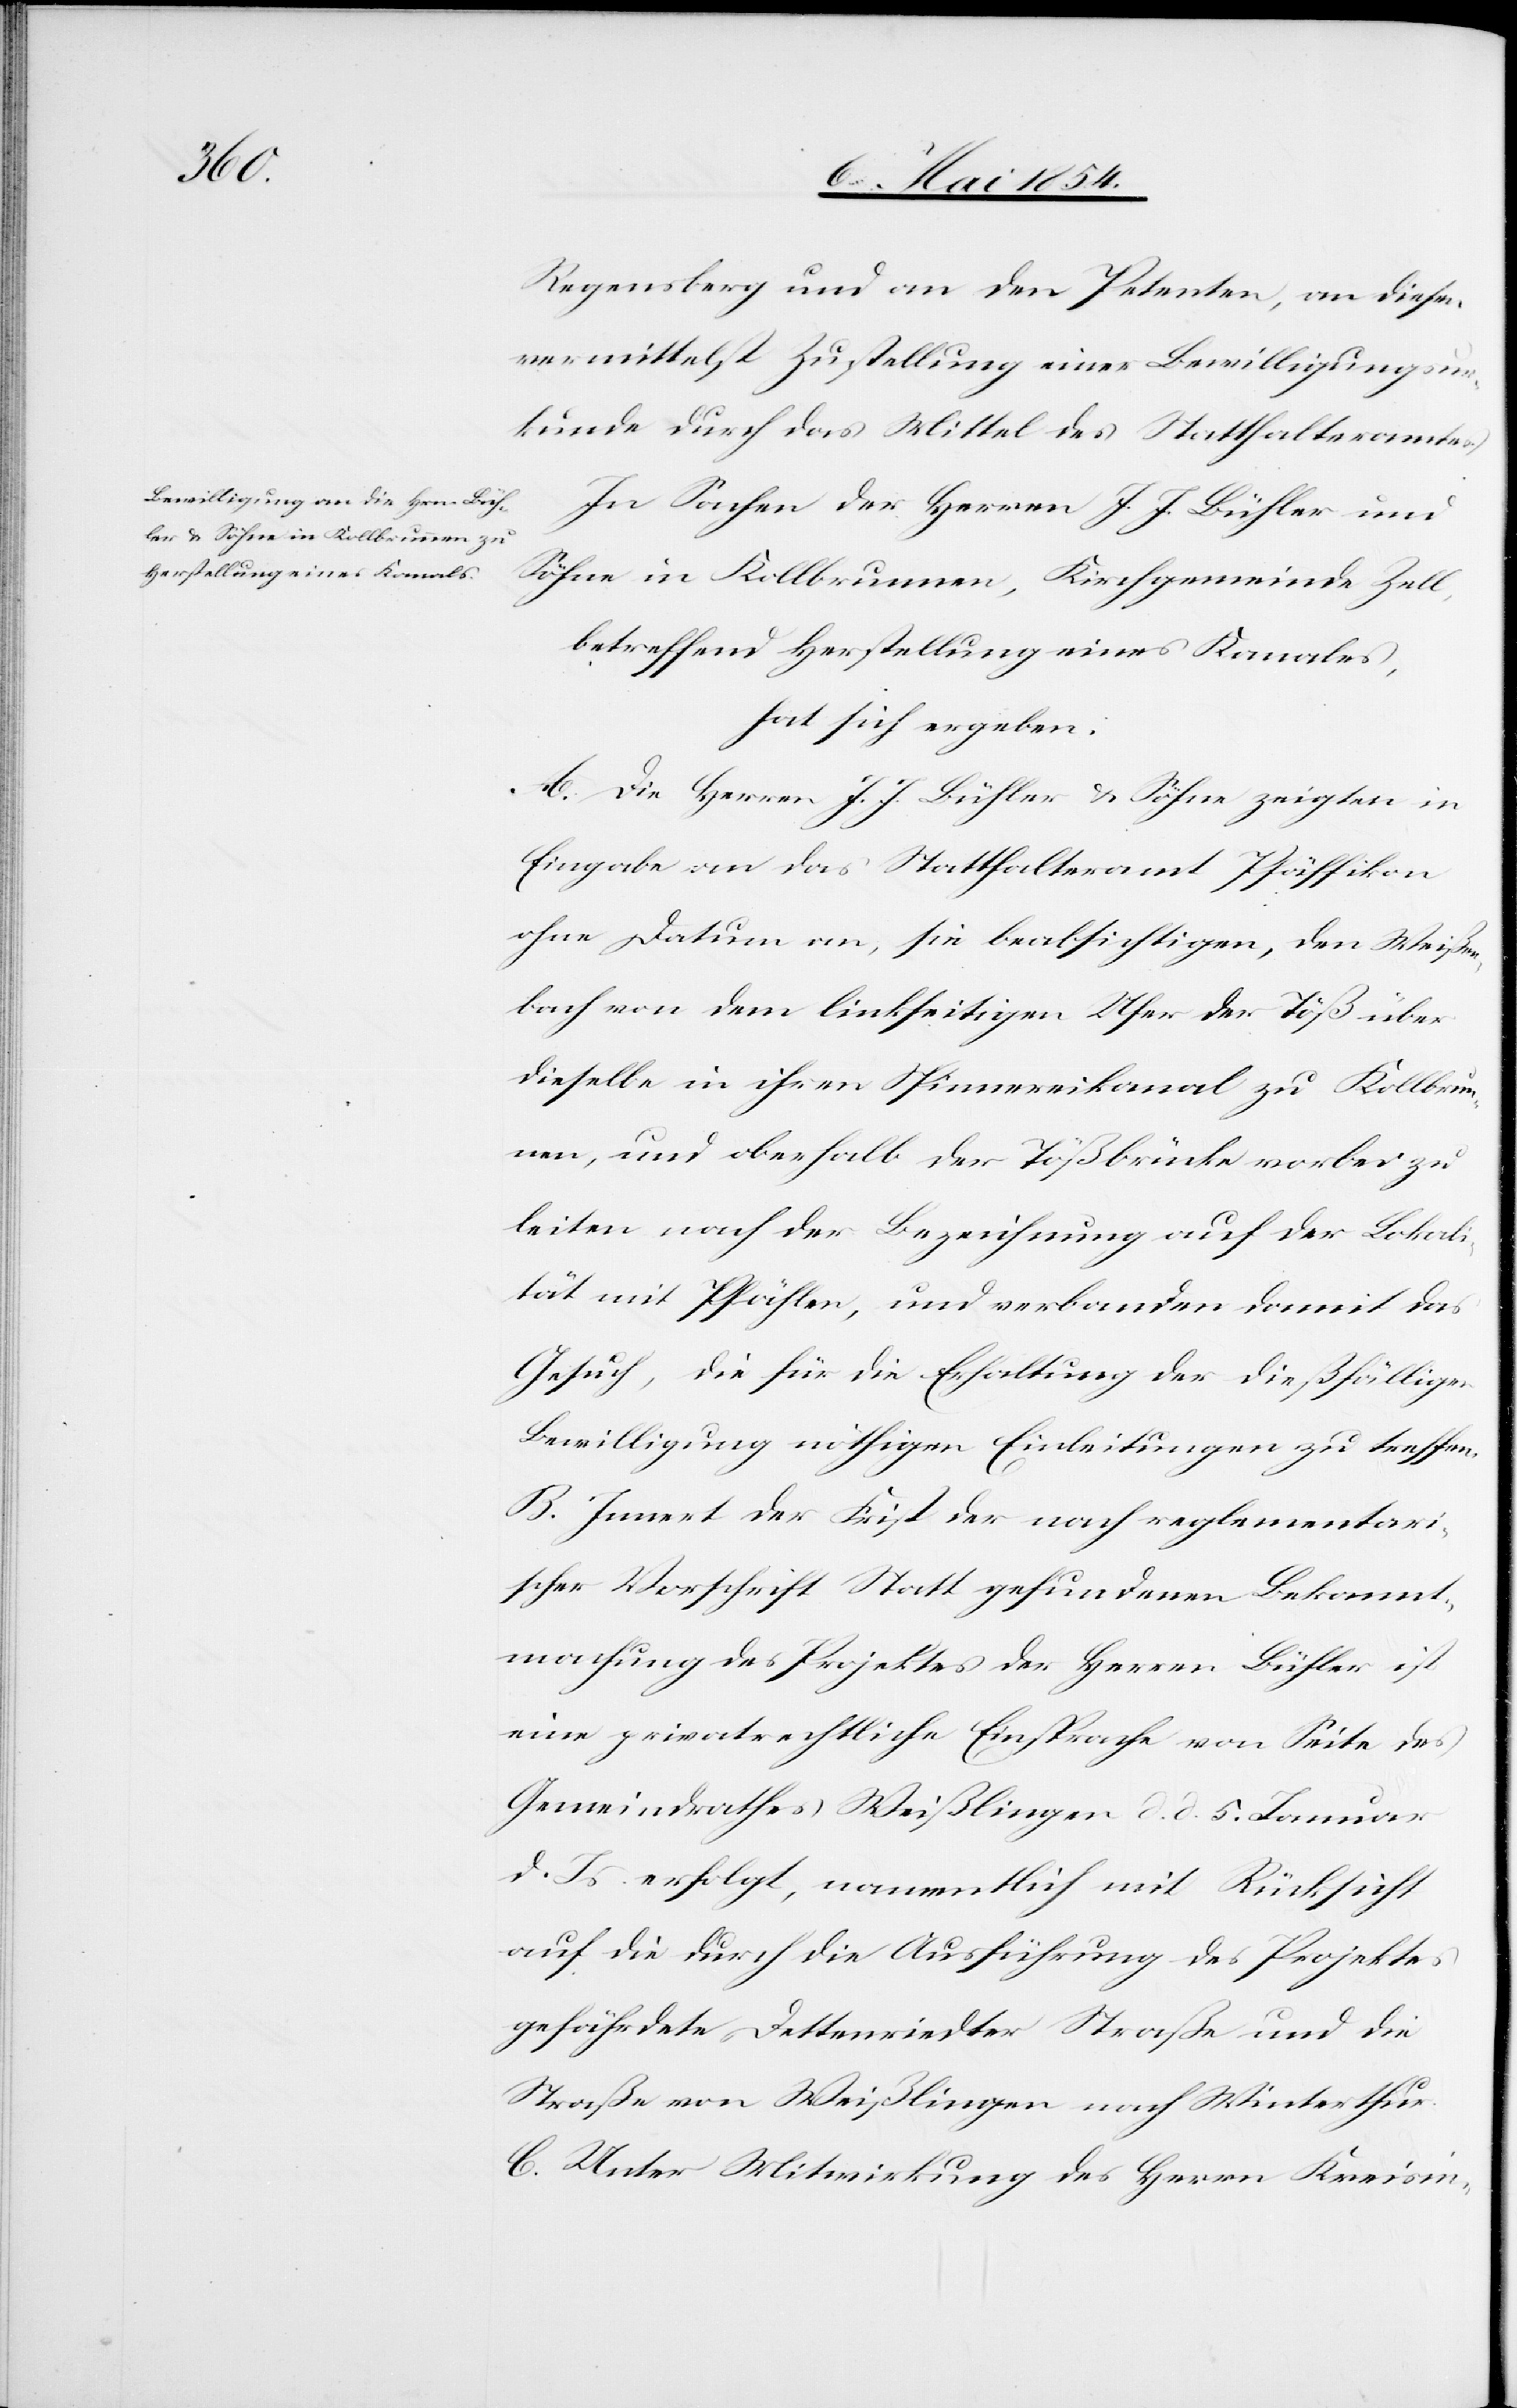
Regensberg und an den Petenten, an diesen
vermittelst Zustellung einer Bewilligungsur¬
kunde durch das Mittel des Statthalteramtes.
In Sachen der Herren J. J. Bühler und
Söhne in Kollbrunnen, Kirchgemeinde Zell,
betreffend Herstellung eines Kanales,
hat sich ergeben:
A. Die Herren J. J. Bühler & Söhne zeigten in
Eingabe an das Statthalteramt Pfäffikon
ohne Datum an, sie beabsichtigen, den Weißen¬
bach von dem linkseitigen Ufer der Töß über
dieselbe in ihren Spinnereikanal zu Kollbrun¬
nen, und oberhalb der Tößbrücke vorbei zu
leiten nach der Bezeichnung auf der Lokali¬
tät mit Pfählen, und verbanden damit das
Gesuch, die für die Erhaltung der dießfälligen
Bewilligung nöthigen Einleitungen zu treffen.
B. Innert der Frist der nach reglementari¬
scher Vorschrift Statt gefundenen Bekannt¬
machung des Projektes der Herren Bühler ist
eine privatrechtliche Einsprache von Seite des
Gemeindrathes Weißlingen d. d. 5. Januar
d. Js. erfolgt, namentlich mit Rücksicht
auf die durch die Ausführung des Projektes
gefährdete Dettenriedter Straße und die
Straße von Weißlingen nach Winterthur.
C. Unter Mitwirkung des Herrn Kreisin-